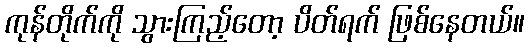
ကုန်တိုက်ကို သွားကြည့်တော့ ပိတ်ရက် ဖြစ်နေတယ်။